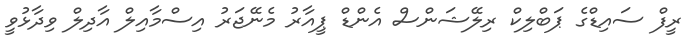
ރީފް ސައިޑްގެ ޕަބްލިކް ރިލޭޝަންސް އެންޑް ޕީއާރު މެނޭޖަރު އިސްމާއިލް އާދިލް ވިދާޅުވީ